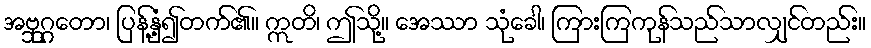
အဗ္ဘုဂ္ဂတော၊ ပြန့်နှံ့၍တက်၏။ ဣတိ၊ ဤသို့။ အေဿာ သုံခေါ၊ ကြားကြကုန်သည်သာလျှင်တည်း။